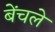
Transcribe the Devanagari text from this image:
बेंचले